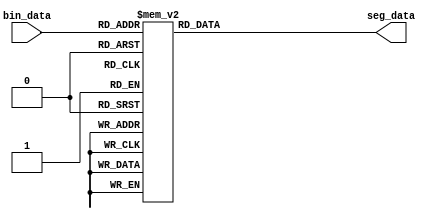
module seg_decoder16
(
	input[3:0]      bin_data,     // bin data input
	output reg[6:0] seg_data      // seven segments LED output
);

always@(*)
begin
	case(bin_data)
		4'd0:seg_data <= 7'b100_0000;
		4'd1:seg_data <= 7'b111_1001;
		4'd2:seg_data <= 7'b010_0100;
		4'd3:seg_data <= 7'b011_0000;
		4'd4:seg_data <= 7'b001_1001;
		4'd5:seg_data <= 7'b001_0010;
		4'd6:seg_data <= 7'b000_0010;
		4'd7:seg_data <= 7'b111_1000;
		4'd8:seg_data <= 7'b000_0000;
		4'd9:seg_data <= 7'b001_0000;
		4'ha:seg_data <= 7'b000_1000;
		4'hb:seg_data <= 7'b000_0011;
		4'hc:seg_data <= 7'b100_0110;
		4'hd:seg_data <= 7'b010_0001;
		4'he:seg_data <= 7'b000_0110;
		4'hf:seg_data <= 7'b000_1110;
		default:seg_data <= 7'b111_1111;
	endcase
end
endmodule